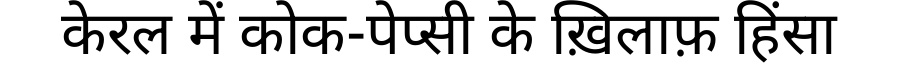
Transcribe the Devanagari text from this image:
केरल में कोक-पेप्सी के ख़िलाफ़ हिंसा